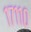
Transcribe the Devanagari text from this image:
१७११०